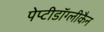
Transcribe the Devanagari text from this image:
पेप्टीडॉग्लीकैन